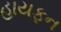
હાયફન